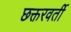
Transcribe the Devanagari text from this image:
छक्तरवर्ती